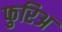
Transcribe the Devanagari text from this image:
फुरिअ